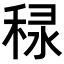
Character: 𥞾